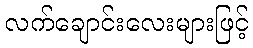
လက်ချောင်းလေးများဖြင့်